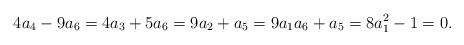
LaTeX: \begin{align*}4a_4-9a_6=4a_3+5a_6=9a_2+a_5=9a_1a_6+a_5=8a_1^2-1=0. \end{align*}